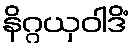
နိဂ္ဂယှဝါဒိံ